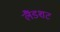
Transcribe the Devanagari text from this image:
लैंडशट